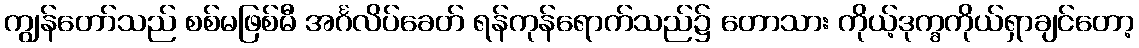
ကျွန်တော်သည် စစ်မဖြစ်မီ အင်္ဂလိပ်ခေတ် ရန်ကုန်ရောက်သည်၌ တောသား ကိုယ့်ဒုက္ခကိုယ်ရှာချင်တော့